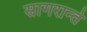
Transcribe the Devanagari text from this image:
सागरान्ते